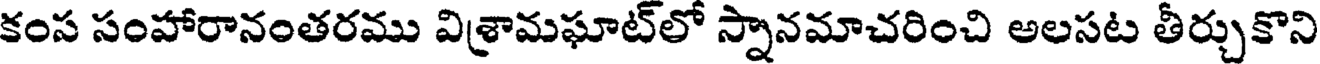
కంస సంహారానంతరము విశ్రామఘాట్లో స్నానమాచరించి అలసట తీర్చుకొని